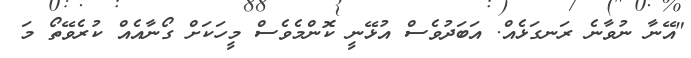
"އޭނާ ނުވާނެ ރަނގަޅެއް. އަބަދުވެސް އުޅޭނީ ކޮންމެވެސް މީހަކަށް ގޯނާއެއް ކުރެވޭތޯ މަ